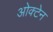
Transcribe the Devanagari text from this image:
ओक्टेन